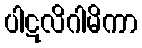
ပါဋလိဂါမိကာ